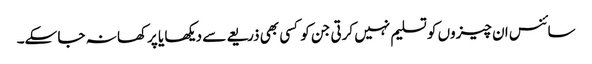
سائنس ان چیزوں کو تسلیم نہیں کرتی جن کو کسی بھی ذریعے سے دیکھا یا پرکھا نہ جا سکے۔